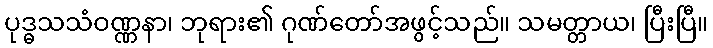
ပုဒ္ဓသသံဝဏ္ဏနာ၊ ဘုရား၏ ဂုဏ်တော်အဖွင့်သည်။ သမတ္တာယ၊ ပြီးပြီ။